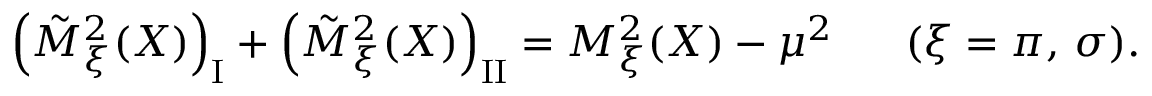
\left( \tilde { M } _ { \xi } ^ { 2 } ( X ) \right) _ { \mathrm { \scriptsize { I } } } + \left( \tilde { M } _ { \xi } ^ { 2 } ( X ) \right) _ { \mathrm { \scriptsize { I I } } } = M _ { \xi } ^ { 2 } ( X ) - \mu ^ { 2 } \; \; \; \; \; \; ( \xi = \pi , \, \sigma ) .